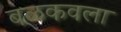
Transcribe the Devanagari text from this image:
बळकवला